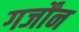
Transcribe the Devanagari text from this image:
गर्जोंन